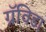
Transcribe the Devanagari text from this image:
ग्रॅविडा